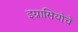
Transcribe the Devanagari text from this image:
इग्नासियोचे